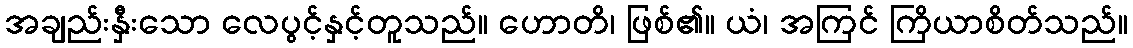
အချည်းနှီးသော လေပွင့်နှင့်တူသည်။ ဟောတိ၊ ဖြစ်၏။ ယံ၊ အကြင် ကြိယာစိတ်သည်။